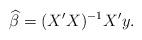
LaTeX: \begin{align*}\widehat{\beta}=(X'X)^{-1}X'y .\end{align*}